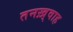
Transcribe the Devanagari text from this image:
तनख़्वाह